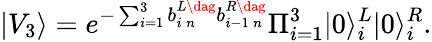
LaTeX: |V_{3}\rangle=e^{-\sum_{i=1}^{3}b_{i\, n}^{L\dag}b_{i-1\, n}^{R\dag}}\Pi_{i=1}^{3}|0\rangle_{i}^{L}|0\rangle_{i}^{R}.